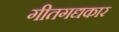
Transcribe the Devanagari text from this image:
गीतगद्यकार